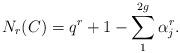
LaTeX: \begin{align*} N_{r}(C) = q^r + 1 - \sum_1^{2g} \alpha_j^r.\end{align*}